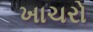
ખાચરો